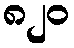
၈၂၀